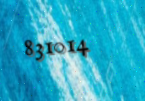
831014